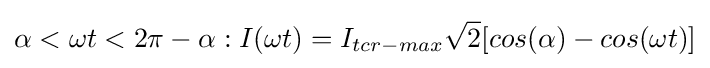
\alpha <\omega t<2\pi -\alpha :I(\omega t)=I_{tcr-max}{\sqrt {2}}[cos(\alpha )-cos(\omega t)]